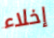
إخلاء